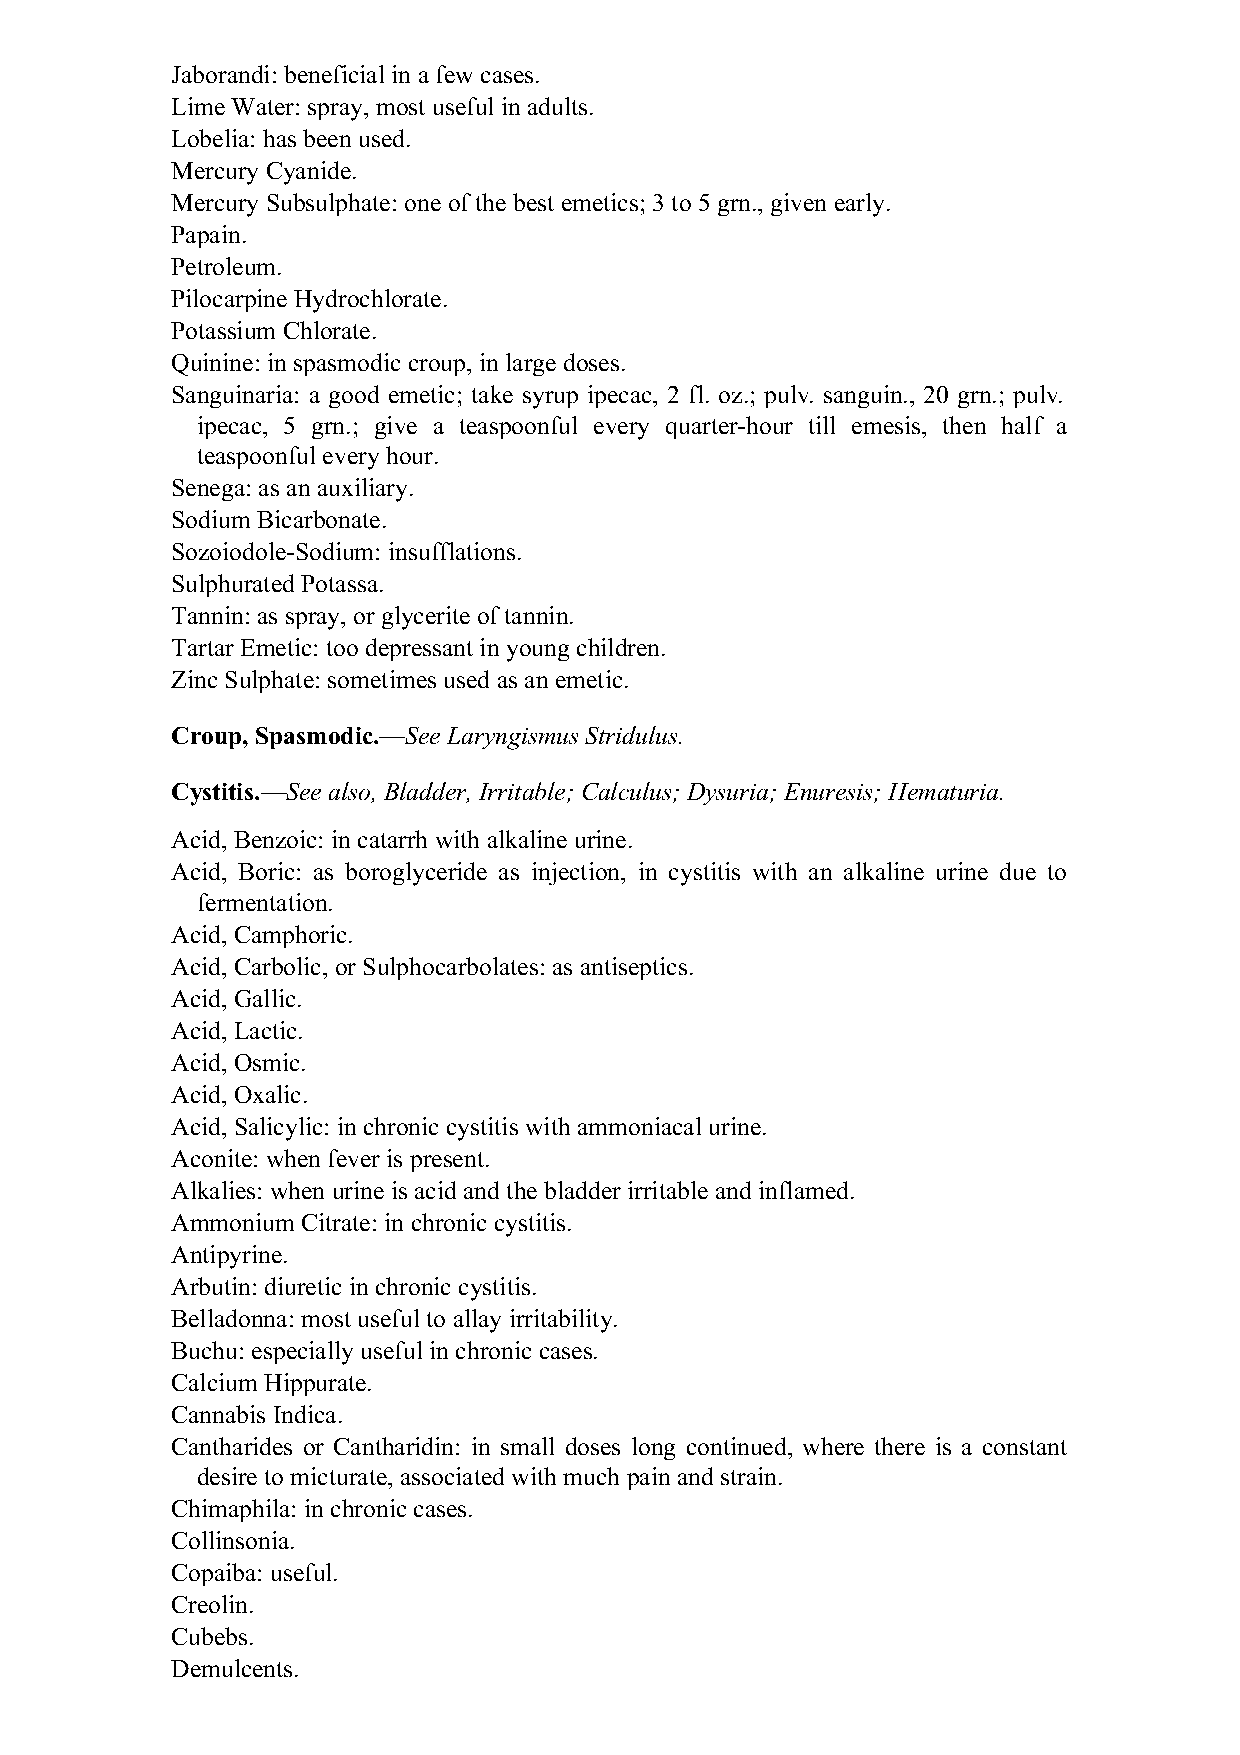
Jaborandi: beneficial in a few cases.
 Lime Water: spray, most useful in adults.
 Lobelia: has been used.
 Mercury Cyanide.
 Mercury Subsulphate: one of the best emetics; 3 to 5 grn., given early.
 Papain.
 Petroleum.
 Pilocarpine Hydrochlorate.
 Potassium Chlorate.
 Quinine: in spasmodic croup, in large doses.
 Sanguinaria: a good emetic; take syrup ipecac, 2 fl. oz.; pulv. sanguin., 20 grn.; pulv.
 ipecac, 5 grn.; give a teaspoonful every quarter-hour till emesis, then half a
 teaspoonful every hour.
 Senega: as an auxiliary.
 Sodium Bicarbonate.
 Sozoiodole-Sodium: insufflations.
 Sulphurated Potassa.
 Tannin: as spray, or glycerite of tannin.
 Tartar Emetic: too depressant in young children.
 Zinc Sulphate: sometimes used as an emetic.
 Croup, Spasmodic.—See Laryngismus Stridulus.
 Cystitis.—See also, Bladder, Irritable; Calculus; Dysuria; Enuresis; Hematuria.
 Acid, Benzoic: in catarrh with alkaline urine.
 Acid, Boric: as boroglyceride as injection, in cystitis with an alkaline urine due to
 fermentation.
 Acid, Camphoric.
 Acid, Carbolic, or Sulphocarbolates: as antiseptics.
 Acid, Gallic.
 Acid, Lactic.
 Acid, Osmic.
 Acid, Oxalic.
 Acid, Salicylic: in chronic cystitis with ammoniacal urine.
 Aconite: when fever is present.
 Alkalies: when urine is acid and the bladder irritable and inflamed.
 Ammonium Citrate: in chronic cystitis.
 Antipyrine.
 Arbutin: diuretic in chronic cystitis.
 Belladonna: most useful to allay irritability.
 Buchu: especially useful in chronic cases.
 Calcium Hippurate.
 Cannabis Indica.
 Cantharides or Cantharidin: in small doses long continued, where there is a constant
 desire to micturate, associated with much pain and strain.
 Chimaphila: in chronic cases.
 Collinsonia.
 Copaiba: useful.
 Creolin.
 Cubebs.
 Demulcents.